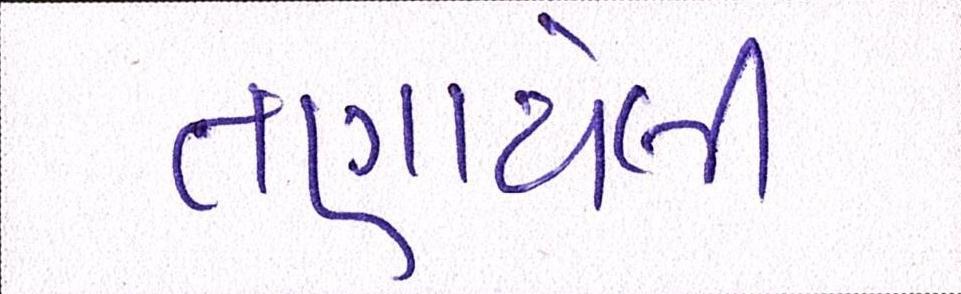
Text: તણાયેલી